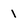
Character: 1